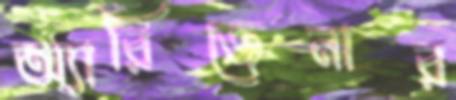
অ্যারিজেনার